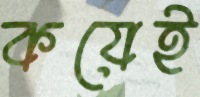
কয়েই